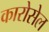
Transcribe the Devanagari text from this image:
कारोसेल